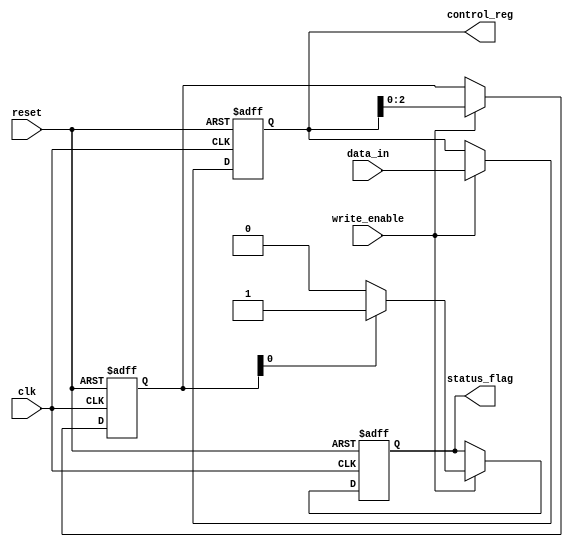
module ControlRegister (
    input wire clk,               // Clock signal
    input wire reset,             // Synchronous reset signal
    input wire write_enable,      // Write enable signal
    input wire [7:0] data_in,     // Data input for the control register
    output reg [7:0] control_reg, // Control register output
    output reg status_flag        // Status flag output (example)
);

// Control Register Bit Definitions
localparam MODE_BITS = 2;        // Number of bits for mode selection
localparam ENABLE_BITS = 3;      // Number of bits for enable/disable
localparam STATUS_BITS = 3;      // Number of bits for status flags

// Control Register Fields
reg [MODE_BITS-1:0] mode_select; // Mode selection bits
reg [ENABLE_BITS-1:0] enable_bits; // Enable/disable bits
reg [STATUS_BITS-1:0] status_bits; // Status flags

// Sequential Logic for Control Register
always @(posedge clk or posedge reset) begin
    if (reset) begin
        // Reset all bits to default values
        control_reg <= 8'b0; // Clear all bits
        mode_select <= 2'b00; // Default mode
        enable_bits <= 3'b000; // All features disabled
        status_bits <= 3'b000; // Clear status flags
        status_flag <= 1'b0; // Clear status flag
    end else if (write_enable) begin
        // Update control register with input data
        control_reg <= data_in;
        
        // Extract fields from control register
        mode_select <= control_reg[7:6]; // Assuming bits 7:6 are mode bits
        enable_bits <= control_reg[5:3];  // Assuming bits 5:3 are enable bits
        status_bits <= control_reg[2:0];   // Assuming bits 2:0 are status bits
        
        // Update status flag based on some condition (example)
        if (status_bits[0]) begin
            status_flag <= 1'b1; // Set flag if status bit 0 is set
        end else begin
            status_flag <= 1'b0; // Clear flag otherwise
        end
    end
end

endmodule